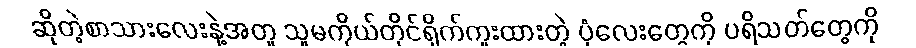
ဆိုတဲ့စာသားလေးနဲ့အတူ သူမကိုယ်တိုင်ရိုက်ကူးထားတဲ့ ပုံလေးတွေကို ပရိသတ်တွေကို